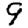
Digit: 9